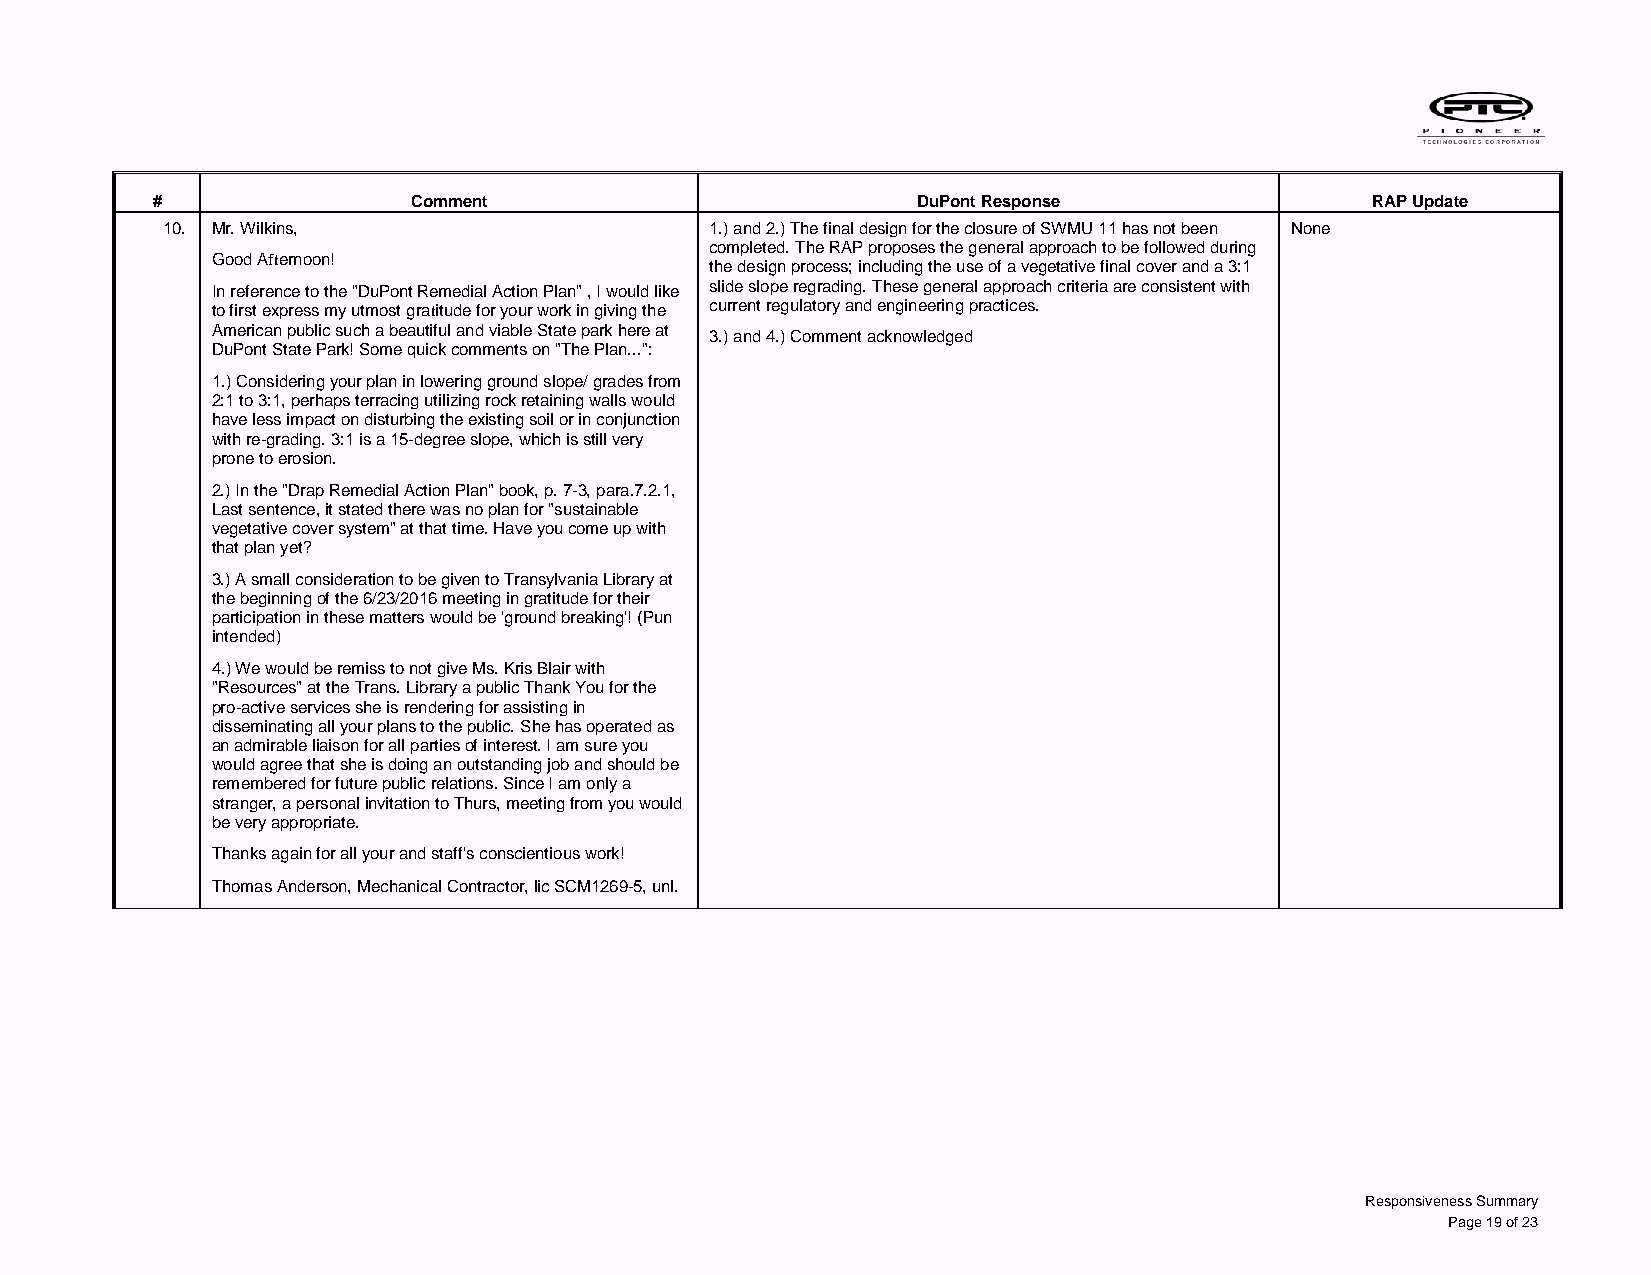
#                Comment                           DuPont Response               RAP Update
 10. Mr. Wilkins,                    1.) and 2.) The final design for the closure of SWMU 11 has not been None
 completed. The RAP proposes the general approach to be followed during
 Good Afternoon!
 the design process; including the use of a vegetative final cover and a 3:1
 In reference to the "DuPont Remedial Action Plan" , I would like slide slope regrading. These general approach criteria are consistent with
 to first express my utmost gratitude for your work in giving the current regulatory and engineering practices.
 American public such a beautiful and viable State park here at
 3.) and 4.) Comment acknowledged
 DuPont State Park! Some quick comments on "The Plan...":
 1.) Considering your plan in lowering ground slope/ grades from
 2:1 to 3:1, perhaps terracing utilizing rock retaining walls would
 have less impact on disturbing the existing soil or in conjunction
 with re‐grading. 3:1 is a 15-degree slope, which is still very
 prone to erosion.
 2.) In the "Drap Remedial Action Plan" book, p. 7‐3, para.7.2.1,
 Last sentence, it stated there was no plan for "sustainable
 vegetative cover system" at that time. Have you come up with
 that plan yet?
 3.) A small consideration to be given to Transylvania Library at
 the beginning of the 6/23/2016 meeting in gratitude for their
 participation in these matters would be 'ground breaking'! (Pun
 intended)
 4.) We would be remiss to not give Ms. Kris Blair with
 "Resources" at the Trans. Library a public Thank You for the
 pro‐active services she is rendering for assisting in
 disseminating all your plans to the public. She has operated as
 an admirable liaison for all parties of interest. I am sure you
 would agree that she is doing an outstanding job and should be
 remembered for future public relations. Since I am only a
 stranger, a personal invitation to Thurs, meeting from you would
 be very appropriate.
 Thanks again for all your and staff's conscientious work!
 Thomas Anderson, Mechanical Contractor, lic SCM1269‐5, unl.
 Responsiveness Summary
 Page 19 of 23